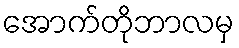
အောက်တိုဘာလမှ